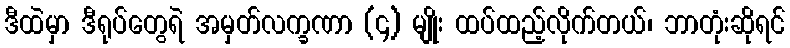
ဒီထဲမှာ ဒီရုပ်တွေရဲ အမှတ်လက္ခဏာ (၄) မျိုး ထပ်ထည့်လိုက်တယ်၊ ဘာတုံးဆိုရင်